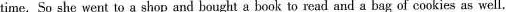
of time. So she went to a shop and bought a book to read and a bag of cookies as well.